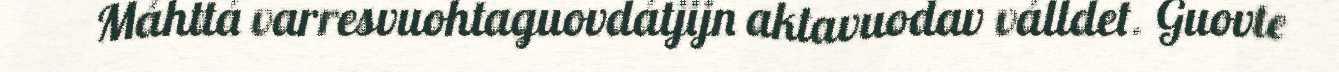
Máhttá varresvuohtaguovdátjijn aktavuodav válldet. Guovte